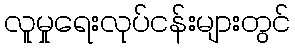
လူမှုရေးလုပ်ငန်းများတွင်